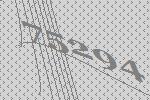
75294